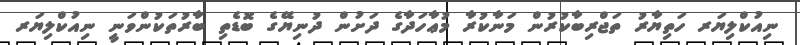
ނިއުކްލިޔަރ ހަތިޔާރު ތަޖްރިބާކުރުން މަނާކުރާ މުޢާހަދާގެ ދަށުން ދުނިޔޭގެ ބޮޑެތި ބާރުތަކުންވަނީ ނިއުކްލިޔަރ